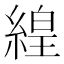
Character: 𬗬